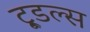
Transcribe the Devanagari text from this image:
टू्डल्स